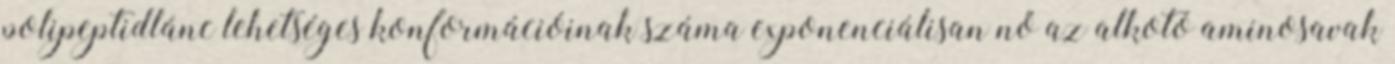
polipeptidlánc lehetséges konformációinak száma exponenciálisan nő az alkotó aminosavak